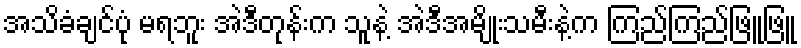
အသိခံချင်ပုံ မရဘူး အဲဒီတုန်းက သူနဲ့ အဲဒီအမျိုးသမီးနဲ့က ကြည်ကြည်ဖြူဖြူ